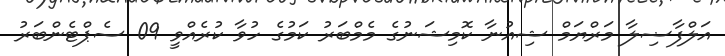
އަލްފާޟިލާ މަރްޔަމް ޝިއުނާ ކޮމިޝަނުގެ މެމްބަރު ކަމުގެ ހުވާ ކުރެއްވީ 09 ސެޕްޓެންބަރު